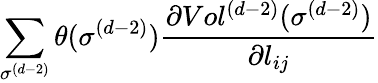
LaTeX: \sum_{\sigma^{(d-2)}}\theta(\sigma^{(d-2)})\frac{\partial Vol^{(d-2)}(\sigma^{(d-2)})}{\partial l_{ij}}